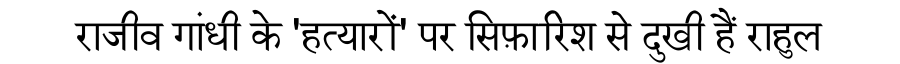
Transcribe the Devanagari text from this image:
राजीव गांधी के 'हत्यारों' पर सिफ़ारिश से दुखी हैं राहुल